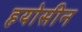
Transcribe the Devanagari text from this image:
हयोसीन